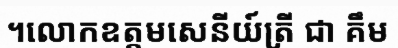
។លោកឧត្តមសេនីយ៍ត្រី ជា គឹម